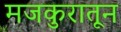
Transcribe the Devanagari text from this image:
मजकुरातून